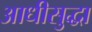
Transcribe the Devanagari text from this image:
आधीसुद्धा